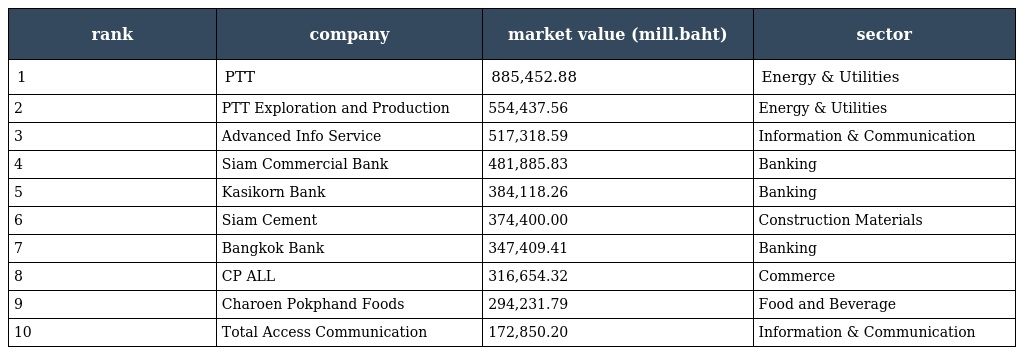
| rank | company | market value (mill.baht) | sector |
 | --- | --- | --- | --- |
 | 1 | PTT | 885,452.88 | Energy & Utilities |
 | 2 | PTT Exploration and Production | 554,437.56 | Energy & Utilities |
 | 3 | Advanced Info Service | 517,318.59 | Information & Communication |
 | 4 | Siam Commercial Bank | 481,885.83 | Banking |
 | 5 | Kasikorn Bank | 384,118.26 | Banking |
 | 6 | Siam Cement | 374,400.00 | Construction Materials |
 | 7 | Bangkok Bank | 347,409.41 | Banking |
 | 8 | CP ALL | 316,654.32 | Commerce |
 | 9 | Charoen Pokphand Foods | 294,231.79 | Food and Beverage |
 | 10 | Total Access Communication | 172,850.20 | Information & Communication |